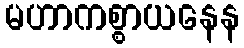
မဟာကစ္စာယနေန